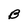
Character: B